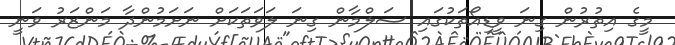
މީގެ އިތުރުން ގިނަ ވީޑިއޯތަކުގައި ސަލްމާން ގިނަ ލަވަތަކަށް ނަށަމުންދާ މަންޒަރު ވަނީ